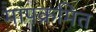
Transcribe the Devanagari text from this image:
मापक्रमित